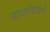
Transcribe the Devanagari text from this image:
छायाचित्राचे